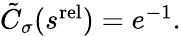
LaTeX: \begin{array}{r}{\tilde{C}_{\sigma}(s^{\mathrm{rel}})=e^{-1}.}\end{array}